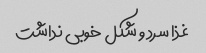
غذا سرد و شکل خوبی نداشت